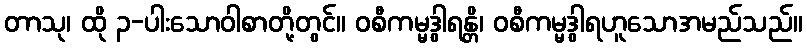
တာသု၊ ထို ၃-ပါးသောဝါစာတို့တွင်။ ဝစီကမ္မဒွါရန္တိ၊ ဝစီကမ္မဒွါရဟူသောအမည်သည်။